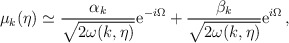
\begin{align*}\mu _k(\eta )\simeq \frac{\alpha _k}{\sqrt{2\omega (k,\eta )}}{\rm e}^{-i\Omega }+\frac{\beta _k}{\sqrt{2\omega (k,\eta )}}{\rm e}^{i\Omega }\, ,\end{align*}